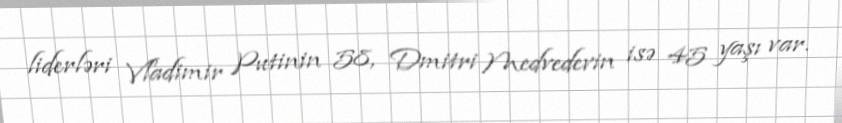
liderləri Vladimir Putinin 58, Dmitri Medvedevin isə 45 yaşı var.